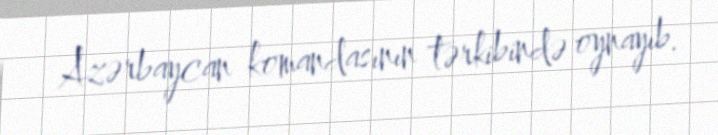
Azərbaycan komandasının tərkibində oynayıb.